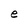
Character: e